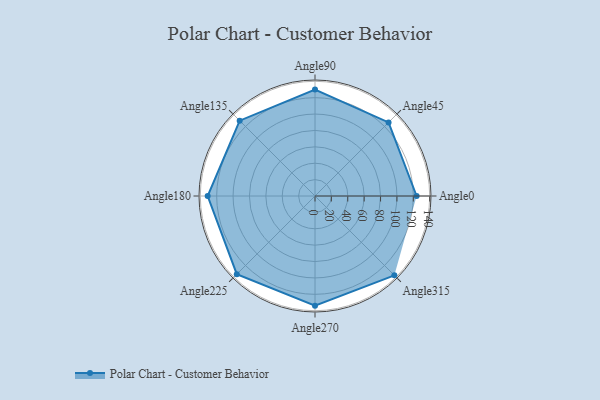
{"axis": {"x": "Angle", "y": "Radius"}, "legend": [""], "data": [{"x": "Angle0", "y": 124.0, "type": ""}, {"x": "Angle45", "y": 127.0, "type": ""}, {"x": "Angle90", "y": 130.0, "type": ""}, {"x": "Angle135", "y": 130.0, "type": ""}, {"x": "Angle180", "y": 131.0, "type": ""}, {"x": "Angle225", "y": 135.0, "type": ""}, {"x": "Angle270", "y": 134.0, "type": ""}, {"x": "Angle315", "y": 137.0, "type": ""}]}